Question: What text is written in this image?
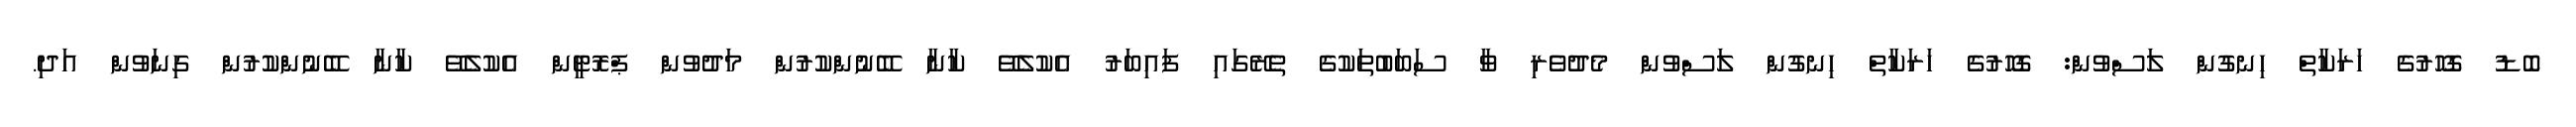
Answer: ބޮޑު ގޮހޮރުގެ ހަރަކާތް ހިނގުން ލަސްވުން: ގޮހޮރުގެ ހަރަކާތް ހިނގުން ލަސްވުން މެދުވެރި ވާ ސަބަބުތަކުގެ ތެރޭގައި ފައިބަރު އެކުލެވޭ ކާނާ ބޭނުންކުރުން މަދުވުން ޕްރޮޓީން އެކުލެވޭ ކާނާ ބޭނުންކުރުން ގިނަވުން އަދި.